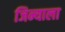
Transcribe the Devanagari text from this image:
जिन्याला